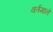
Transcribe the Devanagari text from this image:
वर्तमाने